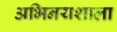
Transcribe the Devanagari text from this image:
अभिनयशाला